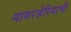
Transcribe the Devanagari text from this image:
नायरजेरियाची